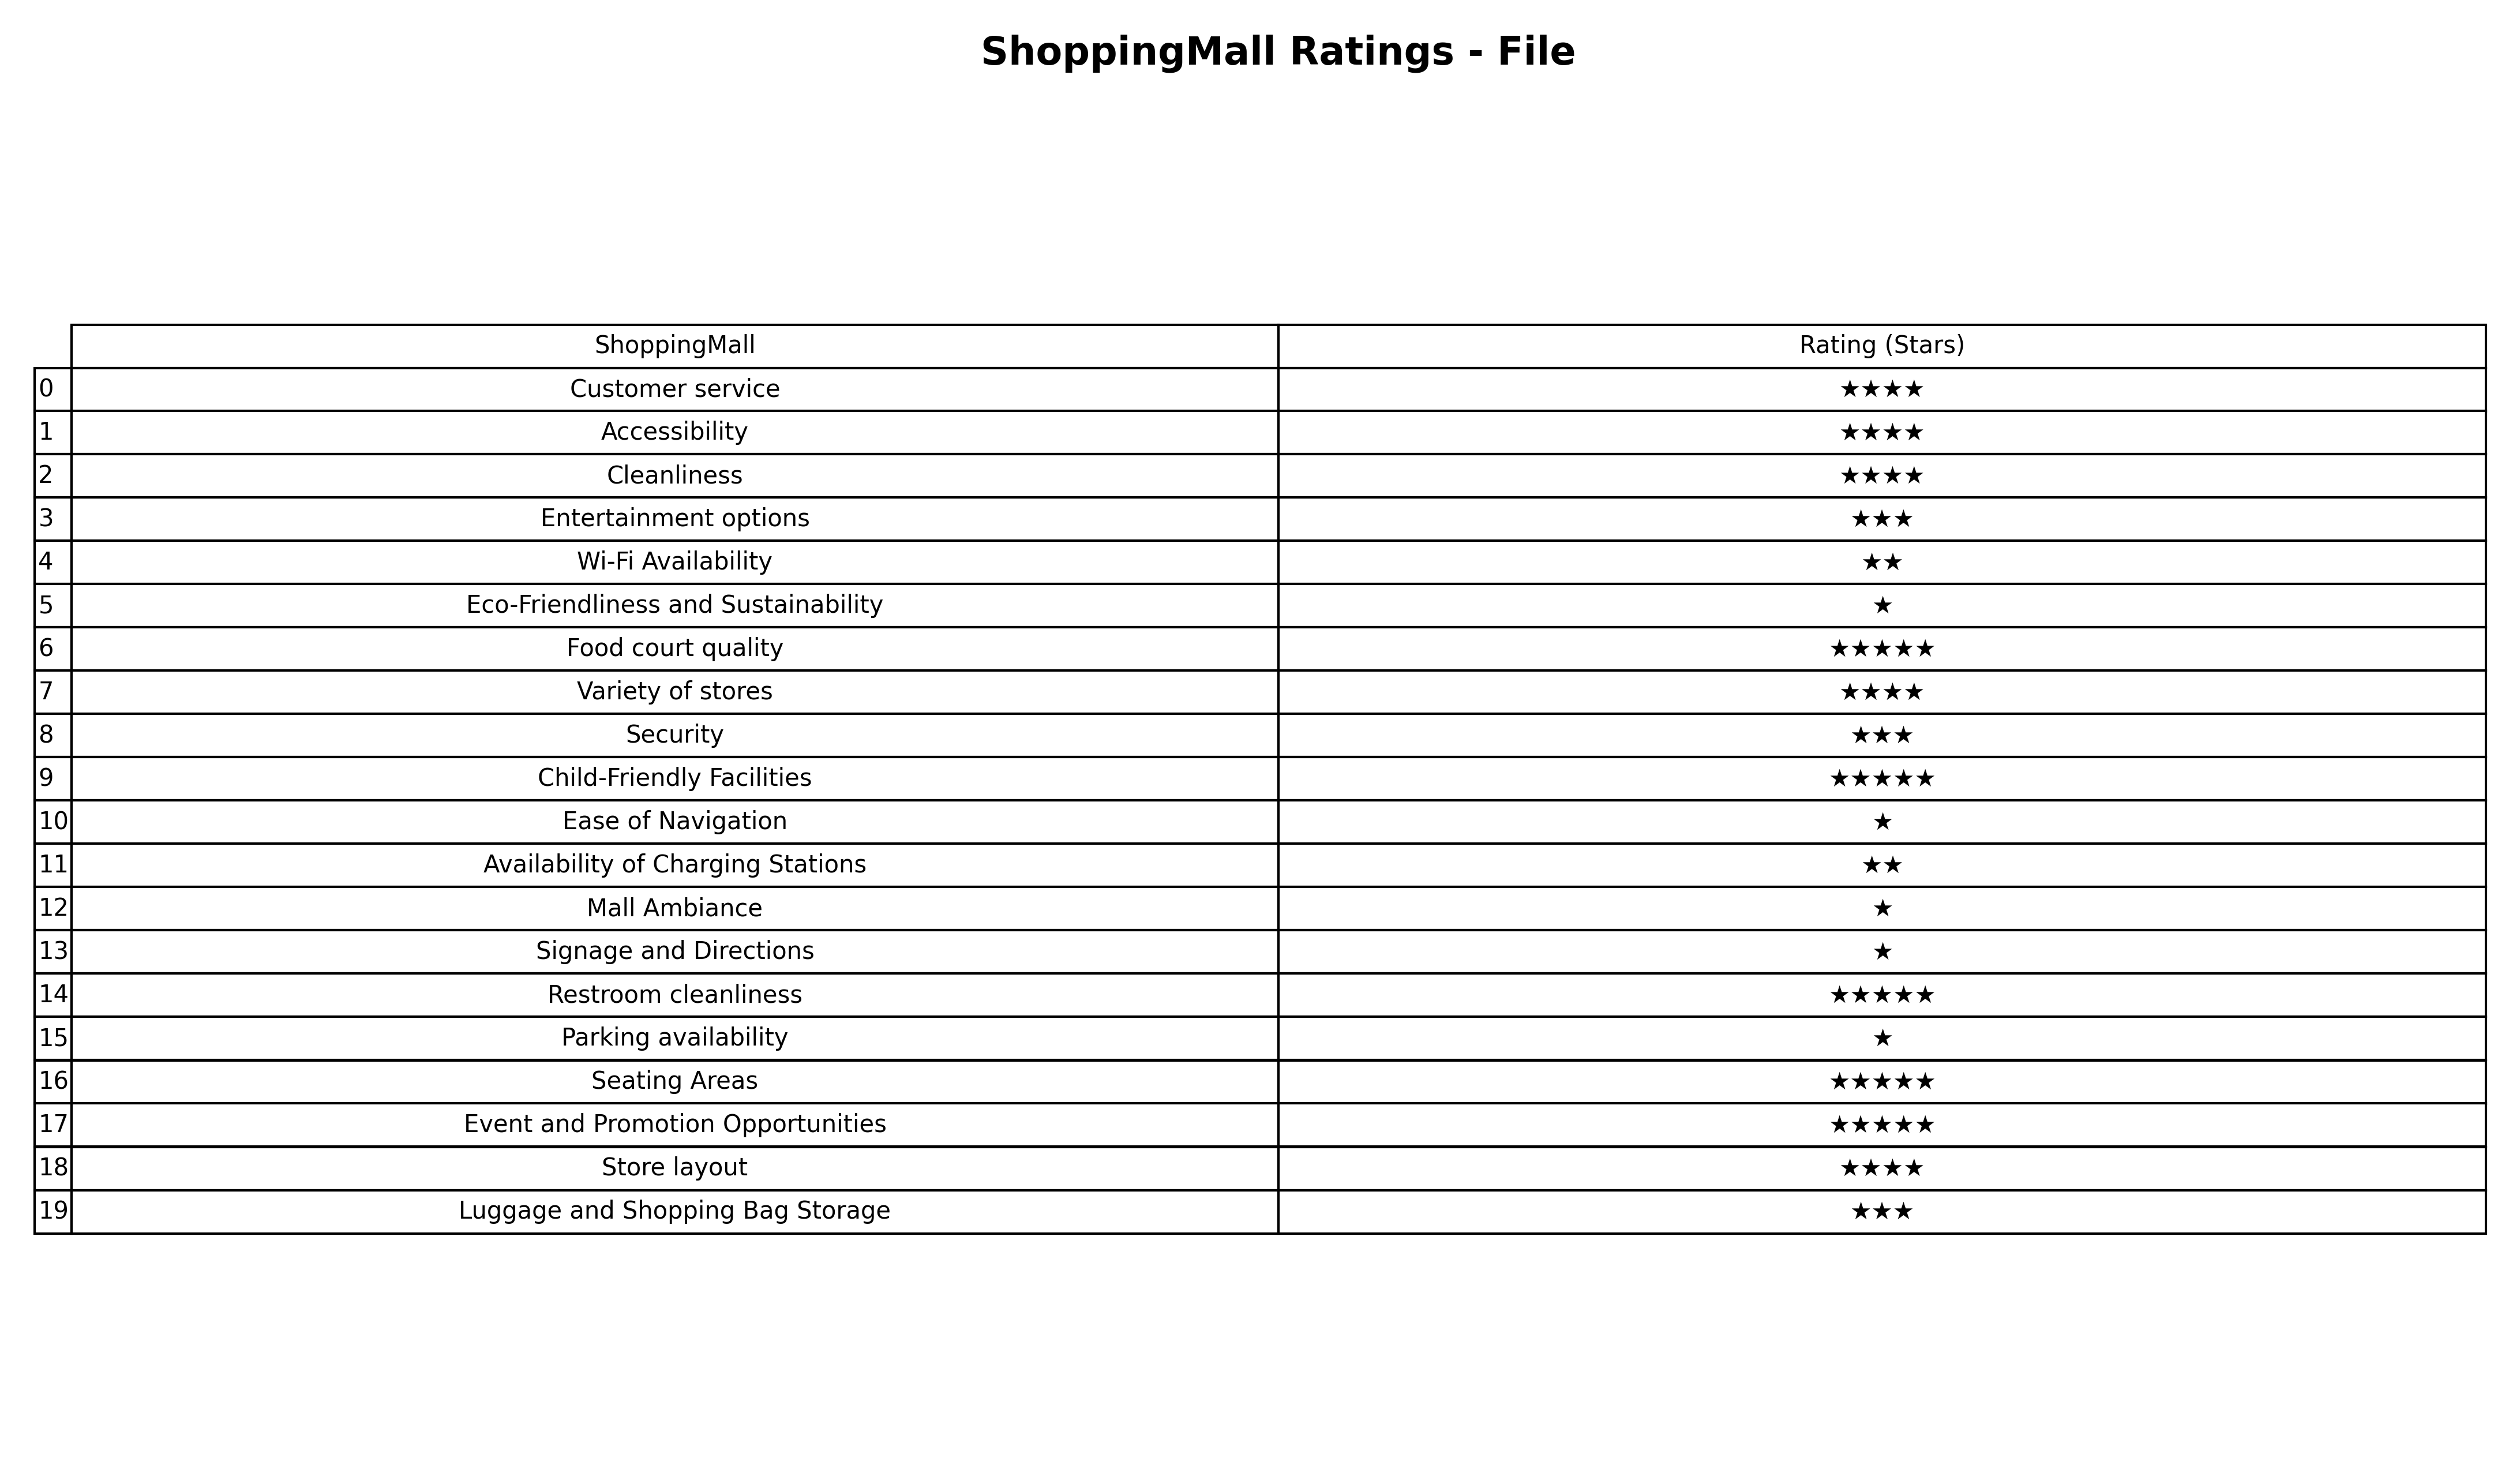
question: What is the rating of Entertainment options?
answer: ★★★